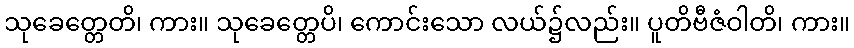
သုခေတ္တေတိ၊ ကား။ သုခေတ္တေပိ၊ ကောင်းသော လယ်၌လည်း။ ပူတိဗီဇံဝါတိ၊ ကား။